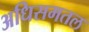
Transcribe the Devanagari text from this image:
अधिसमतल